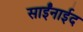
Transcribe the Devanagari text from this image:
साईंनाईद